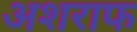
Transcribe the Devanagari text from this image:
अशराफ